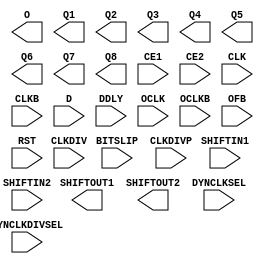

module ISERDESE2 (
  O,
  Q1,
  Q2,
  Q3,
  Q4,
  Q5,
  Q6,
  Q7,
  Q8,
  SHIFTOUT1,
  SHIFTOUT2,

  BITSLIP,
  CE1,
  CE2,
  CLK,
  CLKB,
  CLKDIV,
  CLKDIVP,
  D,
  DDLY,
  DYNCLKDIVSEL,
  DYNCLKSEL,
  OCLK,
  OCLKB,
  OFB,
  RST,
  SHIFTIN1,
  SHIFTIN2
);

  parameter DATA_RATE = "DDR";
  parameter integer DATA_WIDTH = 4;
  parameter DYN_CLKDIV_INV_EN = "FALSE";
  parameter DYN_CLK_INV_EN = "FALSE";
  parameter [0:0] INIT_Q1 = 1'b0;
  parameter [0:0] INIT_Q2 = 1'b0;
  parameter [0:0] INIT_Q3 = 1'b0;
  parameter [0:0] INIT_Q4 = 1'b0;
  parameter INTERFACE_TYPE = "MEMORY";
  parameter IOBDELAY = "NONE";
  parameter [0:0] IS_CLKB_INVERTED = 1'b0;
  parameter [0:0] IS_CLKDIVP_INVERTED = 1'b0;
  parameter [0:0] IS_CLKDIV_INVERTED = 1'b0;
  parameter [0:0] IS_CLK_INVERTED = 1'b0;
  parameter [0:0] IS_D_INVERTED = 1'b0;
  parameter [0:0] IS_OCLKB_INVERTED = 1'b0;
  parameter [0:0] IS_OCLK_INVERTED = 1'b0;

  `ifdef XIL_TIMING //Simprim
  parameter LOC = "UNPLACED";
  `endif
  parameter integer NUM_CE = 2;
  parameter OFB_USED = "FALSE";
  parameter SERDES_MODE = "MASTER";
  parameter [0:0] SRVAL_Q1 = 1'b0;
  parameter [0:0] SRVAL_Q2 = 1'b0;
  parameter [0:0] SRVAL_Q3 = 1'b0;
  parameter [0:0] SRVAL_Q4 = 1'b0;

  localparam in_delay = 0;
  localparam out_delay = 0;
  localparam INCLK_DELAY = 0;
  localparam OUTCLK_DELAY = 0;

  output O;
  output Q1;
  output Q2;
  output Q3;
  output Q4;
  output Q5;
  output Q6;
  output Q7;
  output Q8;
  output SHIFTOUT1;
  output SHIFTOUT2;

  input BITSLIP;
  input CE1;
  input CE2;
  input CLK;
  input CLKB;
  input CLKDIV;
  input CLKDIVP;
  input D;
  input DDLY;
  input DYNCLKDIVSEL;
  input DYNCLKSEL;
  input OCLK;
  input OCLKB;
  input OFB;
  input RST;
  input SHIFTIN1;
  input SHIFTIN2;

endmodule



module OSERDESE2 (
  OFB,
  OQ,
  SHIFTOUT1,
  SHIFTOUT2,
  TBYTEOUT,
  TFB,
  TQ,

  CLK,
  CLKDIV,
  D1,
  D2,
  D3,
  D4,
  D5,
  D6,
  D7,
  D8,
  OCE,
  RST,
  SHIFTIN1,
  SHIFTIN2,
  T1,
  T2,
  T3,
  T4,
  TBYTEIN,
  TCE
);

  parameter DATA_RATE_OQ = "DDR";
  parameter DATA_RATE_TQ = "DDR";
  parameter integer DATA_WIDTH = 4;
  parameter [0:0] INIT_OQ = 1'b0;
  parameter [0:0] INIT_TQ = 1'b0;
  parameter [0:0] IS_CLKDIV_INVERTED = 1'b0;
  parameter [0:0] IS_CLK_INVERTED = 1'b0;
  parameter [0:0] IS_D1_INVERTED = 1'b0;
  parameter [0:0] IS_D2_INVERTED = 1'b0;
  parameter [0:0] IS_D3_INVERTED = 1'b0;
  parameter [0:0] IS_D4_INVERTED = 1'b0;
  parameter [0:0] IS_D5_INVERTED = 1'b0;
  parameter [0:0] IS_D6_INVERTED = 1'b0;
  parameter [0:0] IS_D7_INVERTED = 1'b0;
  parameter [0:0] IS_D8_INVERTED = 1'b0;
  parameter [0:0] IS_T1_INVERTED = 1'b0;
  parameter [0:0] IS_T2_INVERTED = 1'b0;
  parameter [0:0] IS_T3_INVERTED = 1'b0;
  parameter [0:0] IS_T4_INVERTED = 1'b0;


  `ifdef XIL_TIMING //Simprim
  parameter LOC = "UNPLACED";
  `endif
  parameter SERDES_MODE = "MASTER";
  parameter [0:0] SRVAL_OQ = 1'b0;
  parameter [0:0] SRVAL_TQ = 1'b0;
  parameter TBYTE_CTL = "FALSE";
  parameter TBYTE_SRC = "FALSE";
  parameter integer TRISTATE_WIDTH = 4;

  localparam in_delay = 0;
  localparam out_delay = 0;
  localparam INCLK_DELAY = 0;
  localparam OUTCLK_DELAY = 0;

  output OFB;
  output OQ;
  output SHIFTOUT1;
  output SHIFTOUT2;
  output TBYTEOUT;
  output TFB;
  output TQ;

  input CLK;
  input CLKDIV;
  input D1;
  input D2;
  input D3;
  input D4;
  input D5;
  input D6;
  input D7;
  input D8;
  input OCE;
  input RST;
  input SHIFTIN1;
  input SHIFTIN2;
  input T1;
  input T2;
  input T3;
  input T4;
  input TBYTEIN;
  input TCE;

endmodule